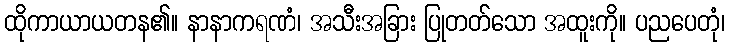
ထိုကာယာယတန၏။ နာနာကရဏံ၊ အသီးအခြား ပြုတတ်သော အထူးကို။ ပညပေတုံ၊